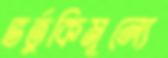
ভর্তুকিমূল্যে